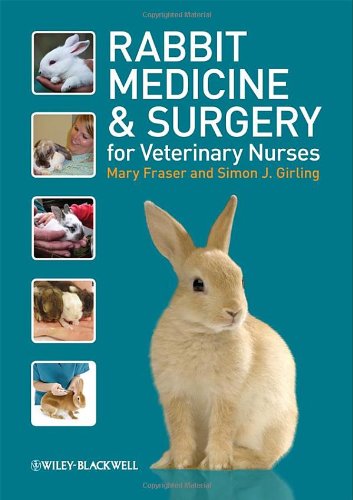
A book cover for Rabbit Medicine and Surgery for Veterinary Nurses; Mary Fraser; Medical Books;